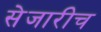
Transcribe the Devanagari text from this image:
सेजारीच